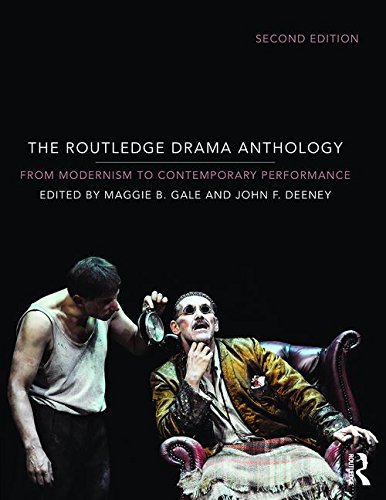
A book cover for The Routledge Drama Anthology: Modernism to Contemporary Performance; Literature & Fiction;